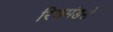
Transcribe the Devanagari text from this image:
रिचमंडसे